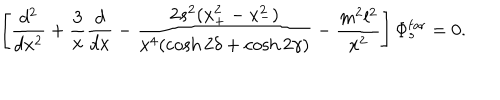
\left[ { \frac { d ^ { 2 } } { d x ^ { 2 } } } + { \frac { 3 } { x } } { \frac { d } { d x } } - { \frac { 2 s ^ { 2 } ( x _ { + } ^ { 2 } - x _ { - } ^ { 2 } ) } { x ^ { 4 } ( \cosh 2 \delta + \cosh 2 \gamma ) } } - { \frac { m ^ { 2 } l ^ { 2 } } { x ^ { 2 } } } \right] \Phi _ { s } ^ { \mathrm { f a r } } = 0 .